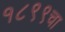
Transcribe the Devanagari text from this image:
१८९९चा